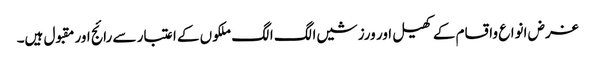
غرض انواع واقسام کے کھیل اور ورزشیں الگ الگ ملکوں کے اعتبار سے رائج اور مقبول ہیں۔